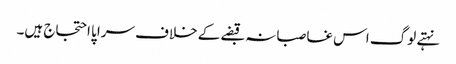
نہتے لوگ اس غاصبانہ قبضے کے خلاف سراپا احتجاج ہیں۔